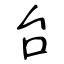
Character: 台